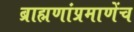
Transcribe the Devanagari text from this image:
ब्राह्मणांप्रमाणेंच